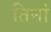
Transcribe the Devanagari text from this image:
तिनां